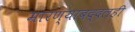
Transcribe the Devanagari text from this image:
मारण्याबद्दलही